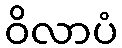
ဝိလာပံ